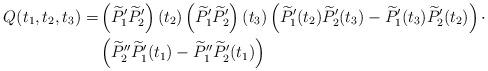
LaTeX: \begin{align*}Q(t_1,t_2,t_3)=&\left(\widetilde{P}_1'\widetilde{P}_2'\right)(t_2)\left(\widetilde{P}_1'\widetilde{P}_2'\right)(t_3)\left(\widetilde{P}_1'(t_2)\widetilde{P}_2'(t_3)-\widetilde{P}_1'(t_3)\widetilde{P}_2'(t_2)\right)\cdot\\ &\left(\widetilde{P}_2''\widetilde{P}_1'(t_1)-\widetilde{P}_1''\widetilde{P}_2'(t_1)\right)\end{align*}